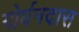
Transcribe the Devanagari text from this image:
गोर्धनदास